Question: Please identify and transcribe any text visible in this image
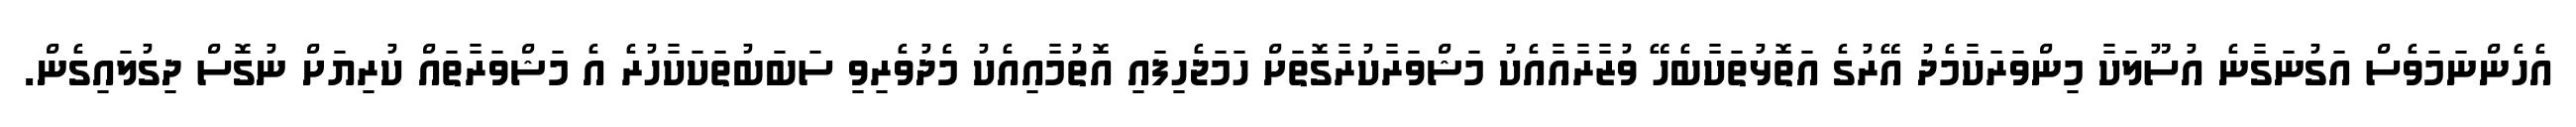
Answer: އެހެންނަމަވެސް އަގުނަގާނެ އުސޫލަކާ މިންވަރަކާމެދު އޭރުގެ އަތޮޅުތަކާބެހޭ ވުޒާރާއާއެކު މަޝްވަރާކުރާގޮތަށް ހަމަޖެހިފައި އޮތުމާއިއެކު މެދުވެރިވި ސަބަބުތަކަކާހުރެ އެ މަޝްވަރާތައް ކުރިޔަށް ނުގޮސް ދިގުލައިގެން.